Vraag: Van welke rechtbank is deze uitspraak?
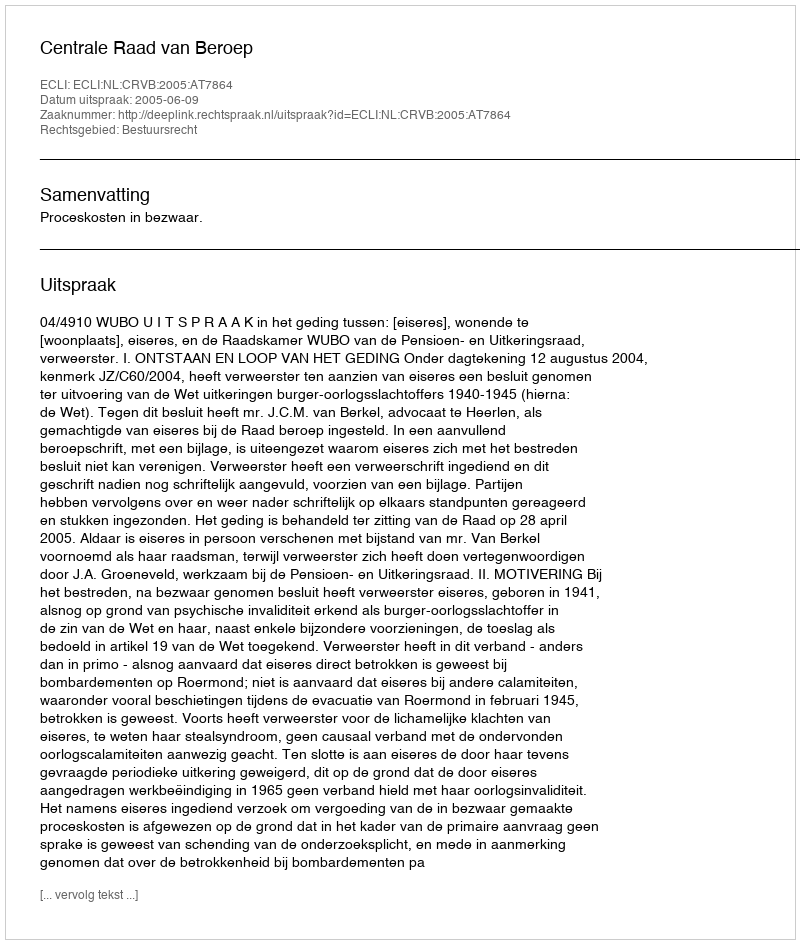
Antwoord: Centrale Raad van Beroep